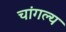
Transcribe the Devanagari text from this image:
चांगल्य